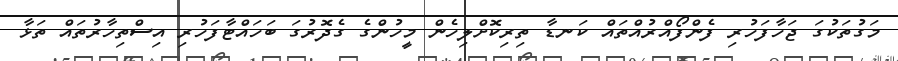
މަގުތަކުގަ ޖަހާފަހުރި ފެންފޯއްރުއްތައް ކަނޑާ ތިރިކޮށްލިހެން މީހުންގެ ގެދޮރުގަ ބަހައްޓާފަހުރި އިސްތިހާރުތައް ތަޅާ